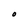
Character: O